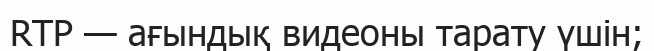
RTP — ағындық видеоны тарату үшін;